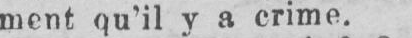
ment qu’il y a crime.